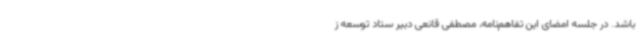
باشد. در جلسه امضای این تفاهم‌نامه، مصطفی قانعی دبیر ستاد توسعه ز